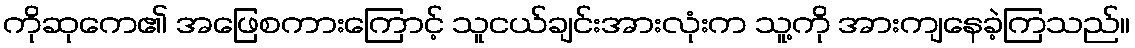
ကိုဆုကေ၏ အဖြေစကားကြောင့် သူငယ်ချင်းအားလုံးက သူ့ကို အားကျနေခဲ့ကြသည်။